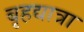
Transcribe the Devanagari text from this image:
बृहद्यात्रा